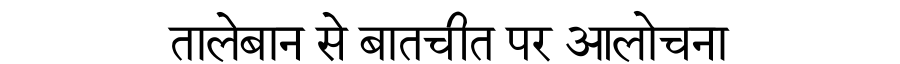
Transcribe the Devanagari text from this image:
तालेबान से बातचीत पर आलोचना